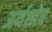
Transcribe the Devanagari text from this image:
अर्थशोध